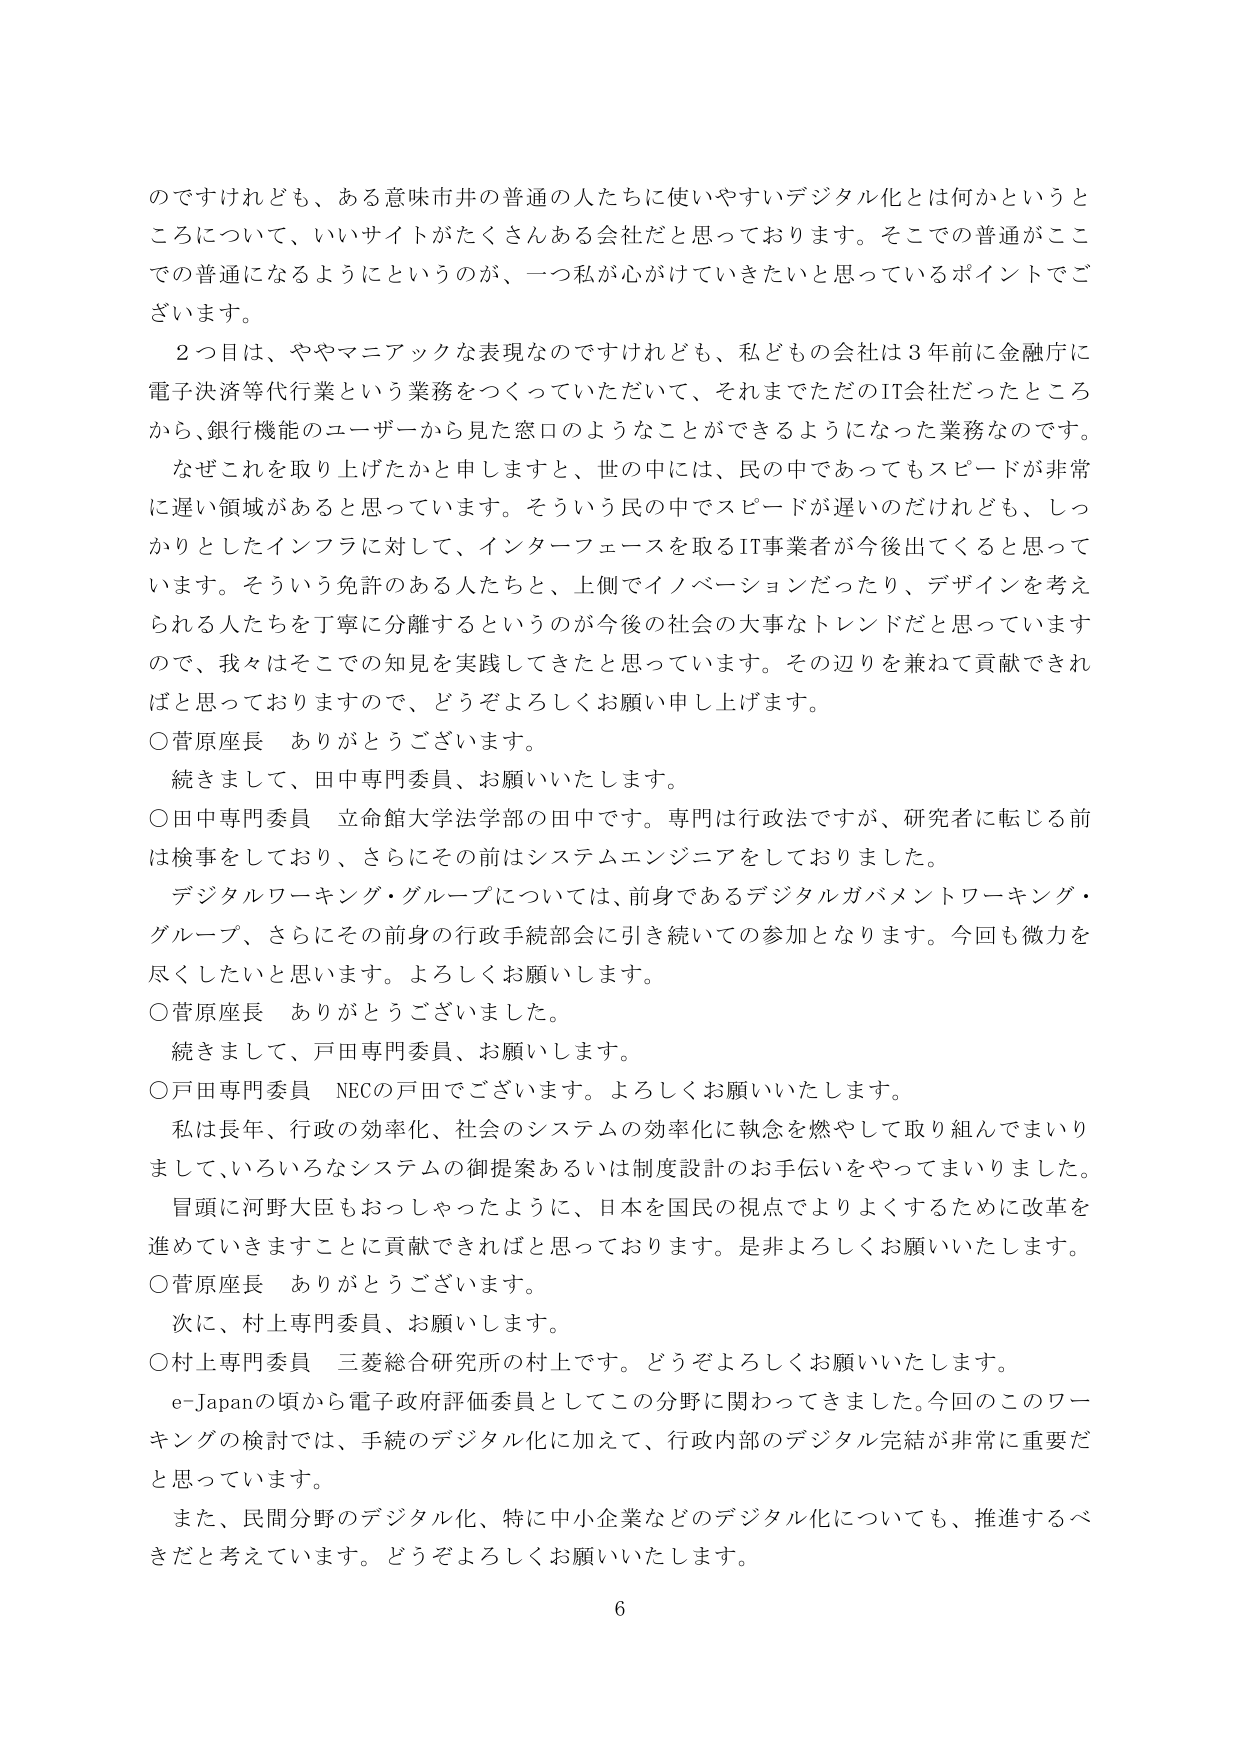
のですけれども、ある意味市井の普通の人たちに使いやすいデジタル化とは何かというところについて、いいサイトがたくさんある会社だと思っております。そこでの普通がここでの普通になるようにというのが、一つ私が心がけていきたいと思っているポイントでございます。

２つ目は、ややマニアックな表現なのですが、私どもの会社は３年前に金融庁に電子決済等代行業という業務をつくっていただいて、それまでただのIT会社だったところから、銀行機能のユーザーから見た窓口のようなことができるようになった業務なのです。

なぜこれを取り上げたかと申しますと、世の中には、民の中であってもスピードが非常に遅い領域があると思っています。そういう民の中でスピードが遅いのだけれども、しっかりとしたインフラに対して、インターフェースを取るIT事業者が今後出てくると思っています。そういう免許のある人たちと、上側でイノベーションだったり、デザインを考えられる人たちを丁寧に分離するというのが今後の社会の大事なトレンドだと思っていますので、我々はそこでの知見を実践してきたと思っています。その辺りを兼ねて貢献できればと思っておりますので、どうぞよろしくお願い申し上げます。

○菅原座長　ありがとうございます。

続きまして、田中専門委員、お願いいたします。

○田中専門委員　立命館大学法学部の田中です。専門は行政法ですが、研究者に転じる前は検事をしており、さらにその前はシステムエンジニアをしておりました。

デジタルワーキング・グループについては、前身であるデジタルガバメントワーキング・グループ、さらにその前身の行政手続部会に引き続いての参加となります。今回も微力を尽くしたいと思います。よろしくお願いします。

○菅原座長　ありがとうございました。

続きまして、戸田専門委員、お願いします。

○戸田専門委員　NECの戸田でございます。よろしくお願いいたします。

私は長年、行政の効率化、社会のシステムの効率化に執念を燃やして取り組んでまいりまして、いろいろなシステムの御提案あるいは制度設計のお手伝いをやってまいりました。

冒頭に河野大臣もおっしゃったように、日本を国民の視点でよりよくするために改革を進めていきますことに貢献できればと思っております。是非よろしくお願いいたします。

○菅原座長　ありがとうございます。

次に、村上専門委員、お願いします。

○村上専門委員　三菱総合研究所の村上です。どうぞよろしくお願いいたします。

e-Japanの頃から電子政府評価委員としてこの分野に関わってきました。今回のこのワーキングの検討では、手続のデジタル化に加えて、行政内部のデジタル完結が非常に重要だと思っています。

また、民間分野のデジタル化、特に中小企業などのデジタル化についても、推進するべきだと考えています。どうぞよろしくお願いいたします。

6